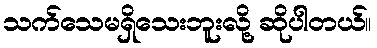
သက်သေမရှိသေးဘူးလို့ ဆိုပါတယ်။